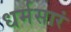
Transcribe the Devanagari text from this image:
धर्मसारं